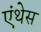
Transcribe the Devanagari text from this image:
एंथेस